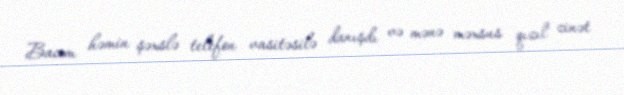
Bacım həmin şəxslə telefon vasitəsilə danışdı və mənə məxsus qızıl zinət